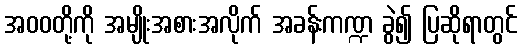
အဝဝတို့ကို အမျိုးအစားအလိုက် အခန်းကဏ္ဍ ခွဲ၍ ပြဆိုရာတွင်